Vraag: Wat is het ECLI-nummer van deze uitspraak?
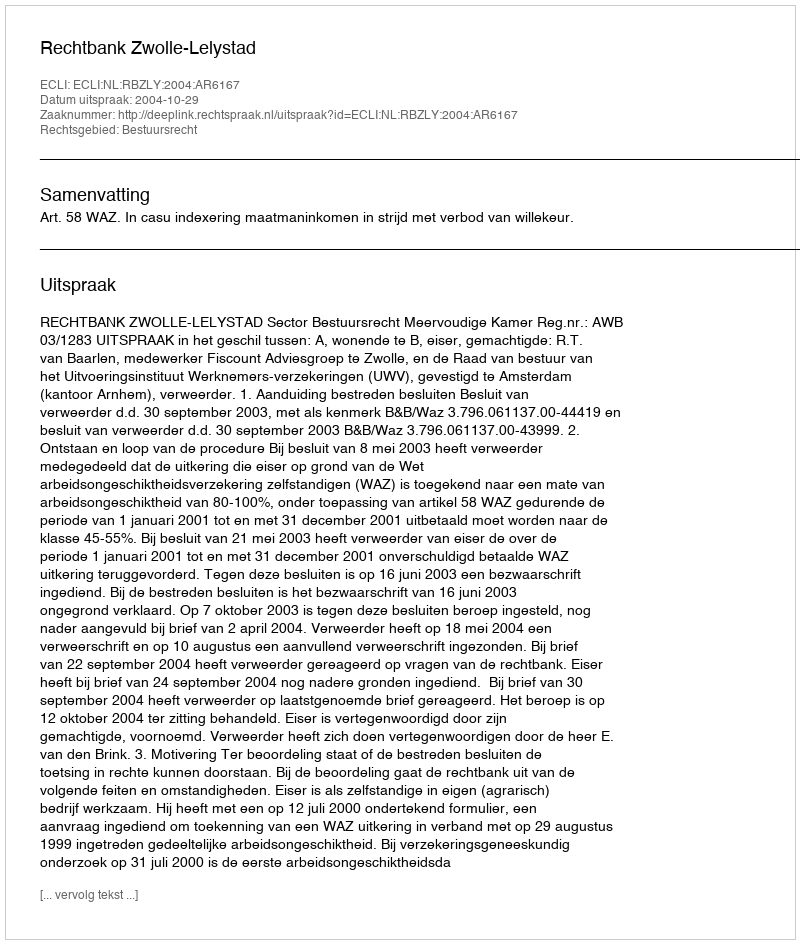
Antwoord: ECLI:NL:RBZLY:2004:AR6167